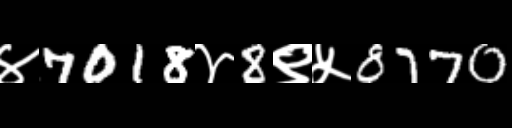
Text: ४7018४8९५8770